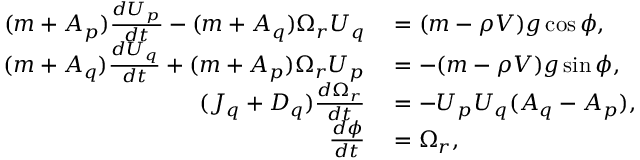
\begin{array} { r l } { ( m + A _ { p } ) \frac { d U _ { p } } { d t } - ( m + A _ { q } ) \Omega _ { r } U _ { q } } & { { } = ( m - \rho V ) g \cos \phi , } \\ { ( m + A _ { q } ) \frac { d U _ { q } } { d t } + ( m + A _ { p } ) \Omega _ { r } U _ { p } } & { { } = - ( m - \rho V ) g \sin \phi , } \\ { ( J _ { q } + D _ { q } ) \frac { d \Omega _ { r } } { d t } } & { { } = - U _ { p } U _ { q } ( A _ { q } - A _ { p } ) , } \\ { \frac { d \phi } { d t } } & { { } = \Omega _ { r } , } \end{array}